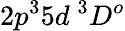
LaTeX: {2p^{3}5d~^{3}D^{o}}